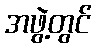
အဖွဲ့တွင်